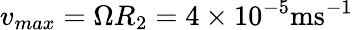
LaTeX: v_{max}=\Omega R_{2}=4\times 10^{-5}\mathrm{ms^{-1}}